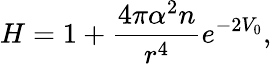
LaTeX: H=1+\frac{4\pi\alpha^{2}n}{r^{4}}e^{-2V_{0}},